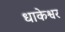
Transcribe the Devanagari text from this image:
धाकेश्वर